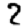
Digit: 2